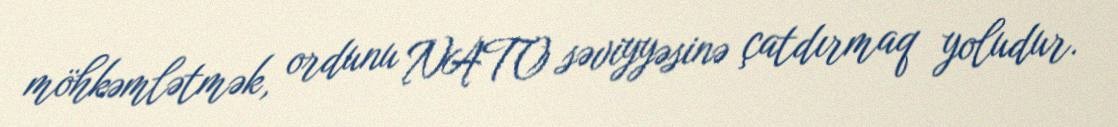
möhkəmlətmək, ordunu NATO səviyyəsinə çatdırmaq yoludur.